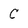
Character: C